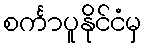
စင်္ကာပူနိုင်ငံမှ